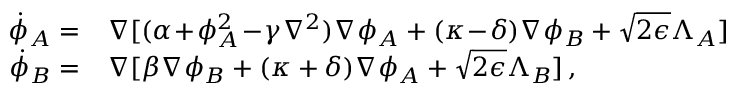
\begin{array} { r l } { \! \dot { \phi } _ { A } = } & { { } \nabla [ ( \alpha \! + \! \phi _ { A } ^ { 2 } \! - \! \gamma \nabla ^ { 2 } ) \nabla \phi _ { A } + ( \kappa \! - \! \delta ) \nabla \phi _ { B } + \sqrt { 2 \epsilon } \Lambda _ { A } ] } \\ { \! \dot { \phi } _ { B } = } & { { } \nabla [ \beta \nabla \phi _ { B } + ( \kappa + \delta ) \nabla \phi _ { A } + \sqrt { 2 \epsilon } \Lambda _ { B } ] \, , } \end{array}